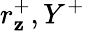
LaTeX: r_{\mathbf{z}}^{+},Y^{+}